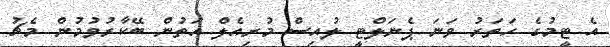
އެ ޓީމުގެ ހަތަރު ވަނަ ޕެނަލްޓީ ލުއިސް މުރިއެލް އަތުން ބޭކާރުވުމުން މެޗު